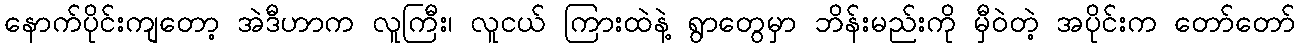
နောက်ပိုင်းကျတော့ အဲဒီဟာက လူကြီး၊ လူငယ် ကြားထဲနဲ့ ရွာတွေမှာ ဘိန်းမည်းကို မှီဝဲတဲ့ အပိုင်းက တော်တော်